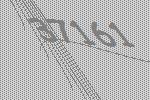
37161